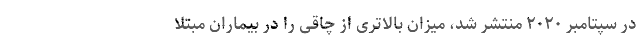
در سپتامبر ۲۰۲۰ منتشر شد، میزان بالاتری از چاقی را در بیماران مبتلا